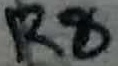
Text: R8